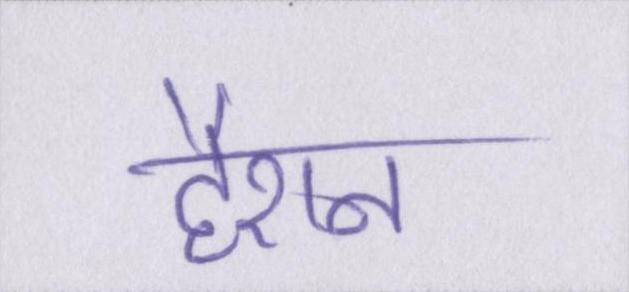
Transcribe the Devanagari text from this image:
हैरान